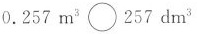
$$0.257 m^{3} \bigcirc 257 dm^{3}$$